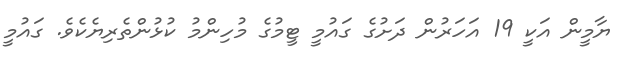
ޔާމީން އަކީ 19 އަހަރުން ދަށުގެ ގައުމީ ޓީމުގެ މުހިންމު ކުޅުންތެރިޔެކެވެ. ގައުމީ